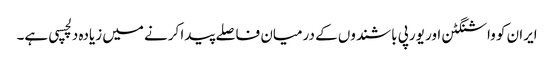
ایران کو واشنگٹن اور یورپی باشندوں کے درمیان فاصلے پیدا کرنے میں زیادہ دلچسپی ہے۔